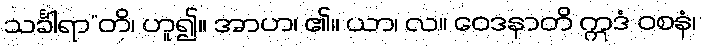
သင်္ခါရာ”တိ၊ ဟူ၍။ အာဟ၊ ၏။ ယာ၊ လ။ ဝေဒနာတိ ဣဒံ ဝစနံ၊